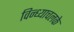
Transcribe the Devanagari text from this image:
विन्ध्याचलके